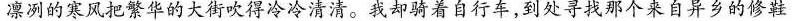
凛冽的寒风把繁华的大街吹得冷冷清清。我却骑着自行车，到处寻找那个来自异乡的修鞋